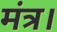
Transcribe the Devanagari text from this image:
मंत्र।